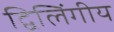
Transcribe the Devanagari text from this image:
द्विलिंगीय